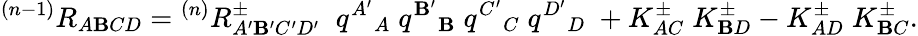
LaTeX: {}^{(n-1)}R_{A\mathbf{B}CD}={}^{(n)}R_{A^{\prime}\mathbf{B}^{\prime}C^{\prime}D^{\prime}}^{\pm}\; \; q^{A^{\prime}}{}_{A}\; q^{\mathbf{B}^{\prime}}{}_{\mathbf{B}}\; q^{C^{\prime}}{}_{C}\; q^{D^{\prime}}{}_{D}\; +K_{AC}^{\pm}\; K_{\mathbf{B}D}^{\pm}-K_{AD}^{\pm}\; K_{\mathbf{B}C}^{\pm}.